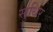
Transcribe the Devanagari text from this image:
सुधिर